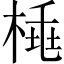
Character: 𣓽